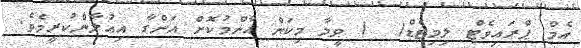
އެމް ޕްރައިވެޓް ލިމިޓެޑް(  ) ވީމާ މިކަން އާންމުކޮށް އަންގާ އިޢުލާންކުރީމެވެ.